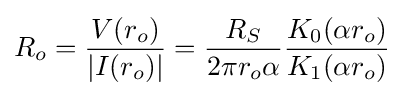
R_{o}={\frac {V(r_{o})}{|I(r_{o})|}}={\frac {R_{S}}{2\pi r_{o}\alpha }}{\frac {K_{0}(\alpha r_{o})}{K_{1}(\alpha r_{o})}}